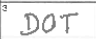
Transcription: DOT